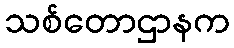
သစ်တောဌာနက